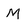
Character: M